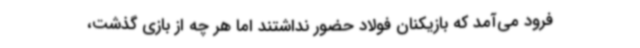
فرود می‌آمد که بازیکنان فولاد حضور نداشتند اما هر چه از بازی گذشت،